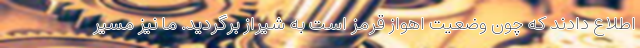
اطلاع دادند که چون وضعیت اهواز قرمز است به شیراز برگردید. ما نیز مسیر